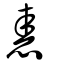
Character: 恚